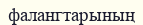
фалангтарының